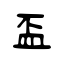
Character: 盃